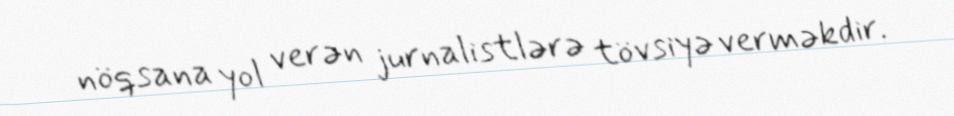
nöqsana yol verən jurnalistlərə tövsiyə verməkdir.